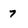
Character: 7